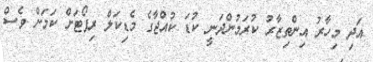
އަދި މިހާރު އިންތިޒާރު ކުރަމުންދަނީ ކުޑަ ކުއްޖާގެ މެޑިކަލް ރިޕޯޓަށް ކަމަށް ވެސް